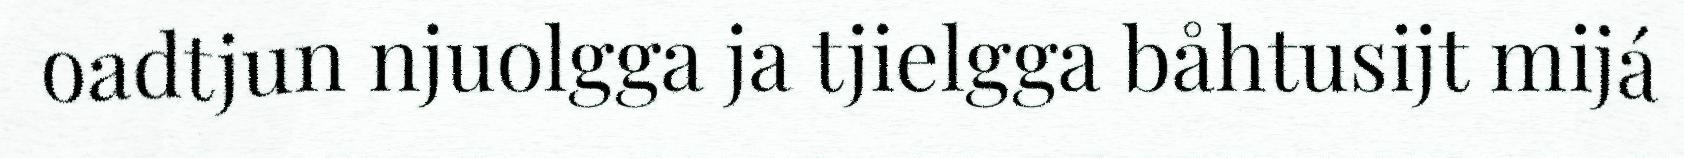
oadtjun njuolgga ja tjielgga båhtusijt mijá